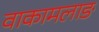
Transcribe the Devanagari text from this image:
वाकामलाङ